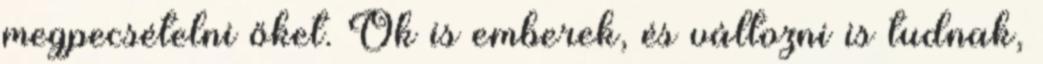
megpecsételni őket. Ők is emberek, és változni is tudnak,